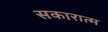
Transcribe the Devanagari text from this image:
सकारात्म